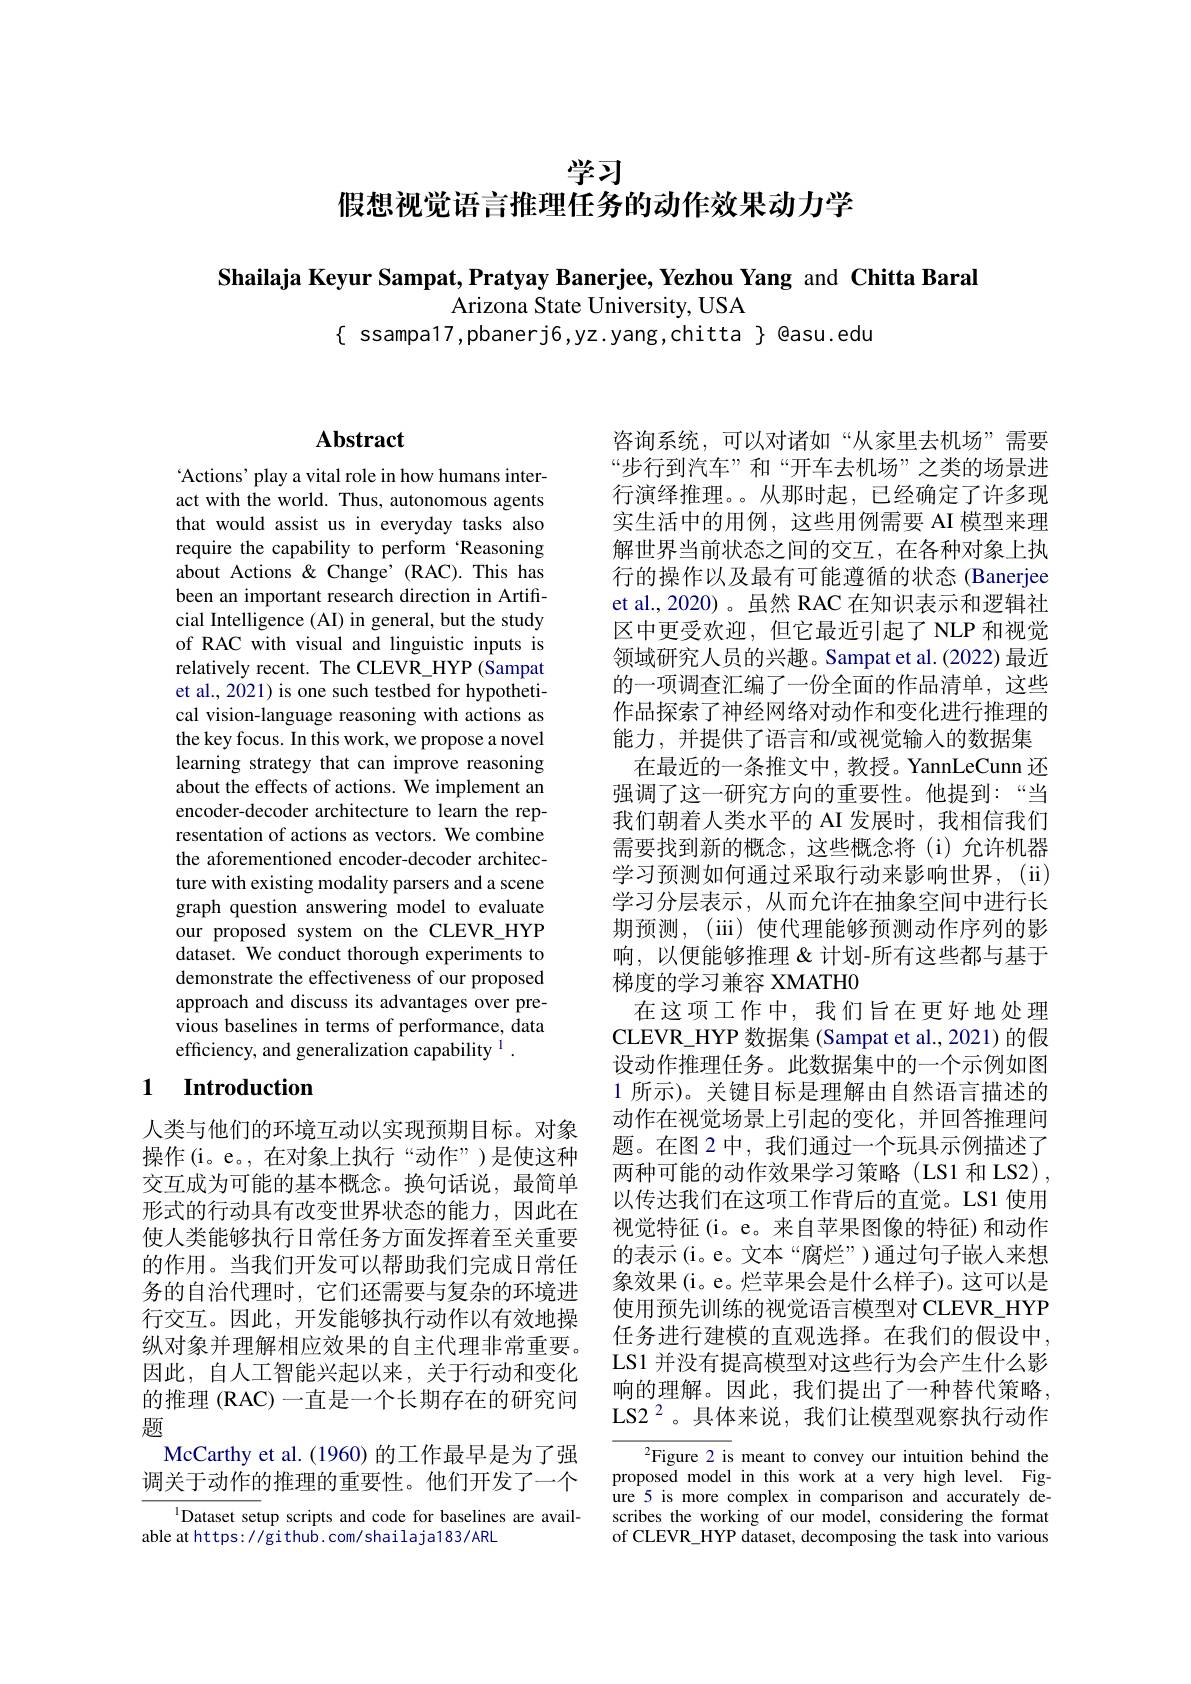
学习

假想视觉语言推理任务的动作效果动力学

Shailaja Keyur Sampat, Pratyay Banerjee, Yezhou Yang and Chitta Baral
Arizona State University, USA
$\{$ ssampa17,pbanerj6,yz.yang,chitta $\}$ @asu.edu

## $\mathbf{Abstract}$

Actions' play a vital role in how humans interact with the world. Thus, autonomous agents that would assist us in everyday tasks also require the capability to perform 'Reasoning about Actions &Change' (RAC).This has been an important research direction in Artificial Intelligence (AI) in general, but the study of RAC with visual and linguistic inputs is relatively recent. The CLEVR\_HYP (Sampat et al., 2021) is one such testbed for hypothetical vision-language reasoning with actions as the key focus. In this work, we propose a novel learning strategy that can improve reasoning about the effects of actions. We implement an encoder-decoder architecture to learn the representation of actions as vectors. We combine the aforementioned encoder-decoder architecture with existing modality parsers and a scene graph question answering model to evaluate our proposed system on the CLEVR\_HYP dataset. We conduct thorough experiments to demonstrate the effectiveness of our proposed approach and discuss its advantages over previous baselines in terms of performance, data efficiency, and generalization capability $^{1}.$

# 1 Introduction

人类与他们的环境互动以实现预期目标。对象操作(i。e。,在对象上执行“动作”)是使这种交互成为可能的基本概念。换句话说，最简单形式的行动具有改变世界状态的能力，因此在使人类能够执行日常任务方面发挥着至关重要的作用。当我们开发可以帮助我们完成日常任务的自治代理时，它们还需要与复杂的环境进行交互。因此，开发能够执行动作以有效地操纵对象并理解相应效果的自主代理非常重要。因此，自人工智能兴起以来，关于行动和变化的推理 (RAC) 一直是一个长期存在的研究问题
McCarthy et al. (1960) 的工作最早是为了强调关于动作的推理的重要性。他们开发了一个

$^{\mathrm{l}}$Dataset setup scripts and code for baselines are avail-
able at https: / github. com/shailaja183/ARL

咨询系统，可以对诸如“从家里去机场”需要“步行到汽车”和“开车去机场”之类的场景进行演绎推理。。从那时起，已经确定了许多现实生活中的用例，这些用例需要 AI 模型来理解世界当前状态之间的交互，在各种对象上执行的操作以及最有可能遵循的状态 (Banerjee et al., 2020)。虽然 RAC 在知识表示和逻辑社区中更受欢迎，但它最近引起了 NLP 和视觉领域研究人员的兴趣。Sampat et al.(2022) 最近的一项调查汇编了一份全面的作品清单，这些作品探索了神经网络对动作和变化进行推理的能力，并提供了语言和/或视觉输入的数据集
在最近的一条推文中，教授。YannLeCunn 还强调了这一研究方向的重要性。他提到：“当我们朝着人类水平的 AI 发展时，我相信我们需要找到新的概念，这些概念将(i)允许机器学习预测如何通过采取行动来影响世界，(ii) 学习分层表示，从而允许在抽象空间中进行长期预测，(iii) 使代理能够预测动作序列的影响，以便能够推理&计划-所有这些都与基于梯度的学习兼容 XMATHO
在这项工作中，我们旨在更好地处理CLEVR\_HYP 数据集 (Sampat et al., 2021)的假设动作推理任务。此数据集中的一个示例如图1 所示)。关键目标是理解由自然语言描述的动作在视觉场景上引起的变化，并回答推理问题。在图 2 中，我们通过一个玩具示例描述了两种可能的动作效果学习策略(LS1 和 LS2), 以传达我们在这项工作背后的直觉。LS1 使用视觉特征(i。e。来自苹果图像的特征)和动作的表示(i。e。文本“腐烂”)通过句子嵌入来想象效果(i。e。烂苹果会是什么样子)。这可以是使用预先训练的视觉语言模型对 CLEVR\_HYP 任务进行建模的直观选择。在我们的假设中， LS1 并没有提高模型对这些行为会产生什么影响的理解。因此，我们提出了一种替代策略， LS2$^{2}$。具体来说，我们让模型观察执行动作

$^{2}$Figure 2 is meant to convey our intuition behind the proposed model in this work at a very high level. Figure 5 is more complex in comparison and accurately describes the working of our model, considering the format of CLEVR\_HYP dataset, decomposing the task into various